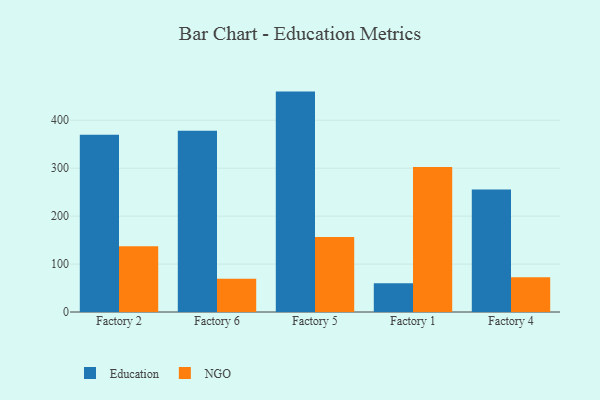
{"axis": {"x": "Factory", "y": "Churn Rate (%)"}, "legend": ["Education", "NGO"], "data": [{"x": "Factory 2", "y": 369.7, "type": "Education"}, {"x": "Factory 2", "y": 137.0, "type": "NGO"}, {"x": "Factory 6", "y": 378.2, "type": "Education"}, {"x": "Factory 6", "y": 69.2, "type": "NGO"}, {"x": "Factory 5", "y": 459.8, "type": "Education"}, {"x": "Factory 5", "y": 156.4, "type": "NGO"}, {"x": "Factory 1", "y": 59.9, "type": "Education"}, {"x": "Factory 1", "y": 302.4, "type": "NGO"}, {"x": "Factory 4", "y": 255.5, "type": "Education"}, {"x": "Factory 4", "y": 72.5, "type": "NGO"}]}